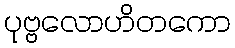
ပုဗ္ဗလောဟိတကော